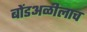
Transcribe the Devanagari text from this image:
बोंडअळीलाच